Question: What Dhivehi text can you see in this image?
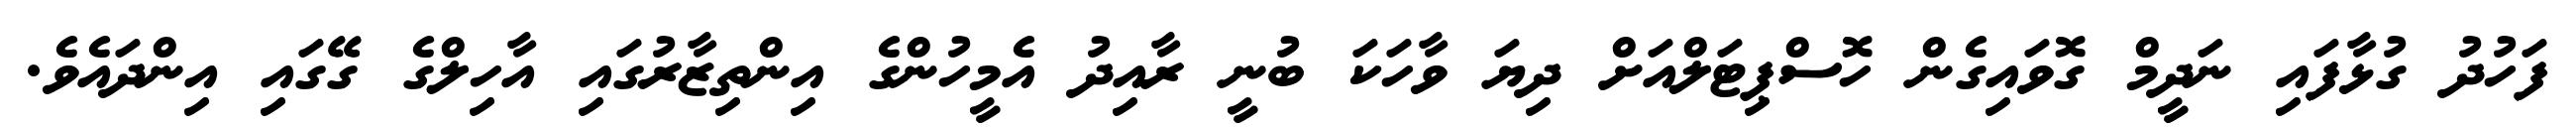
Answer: ފަހުދު ގުޅާފައި ނަދީމް ގޮވައިގެން ހޮސްޕިޓަލްއަށް ދިޔަ ވާހަކަ ބުނީ ރާއިދު އެމީހުންގެ އިންތިޒާރުގައި އާހިލްގެ ގޭގައި އިންދައެވެ.